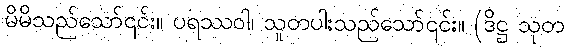
မိမိသည်သော်၎င်း။ ပရဿဝါ၊ သူတပါးသည်သော်၎င်း။ (ဒိဋ္ဌ သုတ